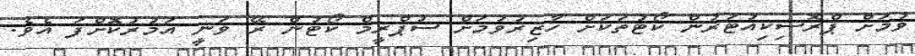
ވުމަށް ޕްރޮސިކިއުޓަރުން ކޯޓުތަކަށް ހާޒިރުވުމަށް ސުޕްރީމް ކޯޓުން ރޭ ވަނީ އަމުރުކޮށްފަ އެވެ.